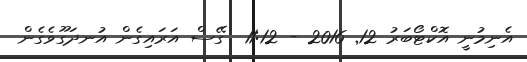
އެނިމުނީ އޮކްޓޯބަރު 12